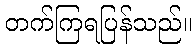
တက်ကြရပြန်သည်။